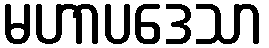
မဟာပဒေသာ